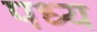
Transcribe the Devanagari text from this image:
पध्य